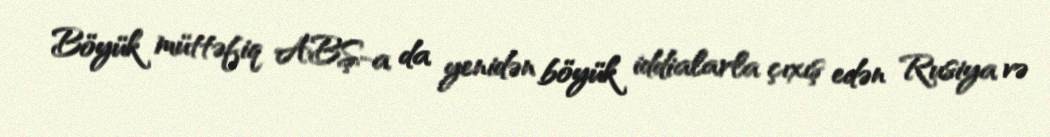
Böyük müttəfiq ABŞ-a da yenidən böyük iddialarla çıxış edən Rusiya və